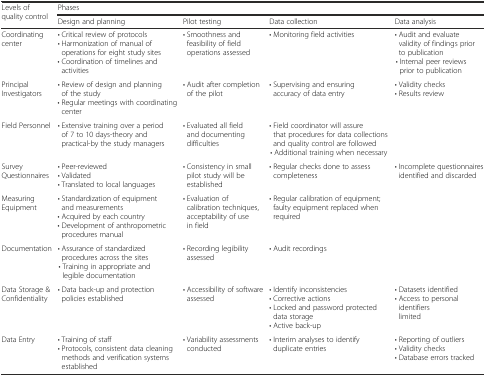
| <ROWSPAN=2> Levels of quality control | <COLSPAN=4> Phases |
 | Design and planning | Pilot testing | Data collection | Data analysis |
 | --- | --- | --- | --- | --- |
 | Coordinating center | •Critical review of protocols•Harmonization of manual of operations for eight study sites•Coordination of timelines and activities | •Smoothness and feasibility of field operations assessed | •Monitoring field activities | •Audit and evaluate validity of findings prior to publication•Internal peer reviews prior to publication |
 | Principal Investigators | •Review of design and planning of the study•Regular meetings with coordinating center | •Audit after completion of the pilot | •Supervising and ensuring accuracy of data entry | •Validity checks•Results review |
 | Field Personnel | •Extensive training over a period of 7 to 10 days-theory and practical-by the study managers | •Evaluated all field and documenting difficulties | •Field coordinator will assure that procedures for data collections and quality control are followed•Additional training when necessary |  |
 | Survey Questionnaires | •Peer-reviewed•Validated•Translated to local languages | •Consistency in small pilot study will be established | •Regular checks done to assess completeness | •Incomplete questionnaires identified and discarded |
 | Measuring Equipment | •Standardization of equipment and measurements•Acquired by each country•Development of anthropometric procedures manual | •Evaluation of calibration techniques, acceptability of use in field | •Regular calibration of equipment; faulty equipment replaced when required |  |
 | Documentation | •Assurance of standardized procedures across the sites•Training in appropriate and legible documentation | •Recording legibility assessed | •Audit recordings |  |
 | Data Storage & Confidentiality | •Data back-up and protection policies established | •Accessibility of software assessed | •Identify inconsistencies•Corrective actions•Locked and password protected data storage•Active back-up | •Datasets identified•Access to personal identifiers limited |
 | Data Entry | •Training of staff•Protocols, consistent data cleaning methods and verification systems established | •Variability assessments conducted | •Interim analyses to identify duplicate entries | •Reporting of outliers•Validity checks•Database errors tracked |